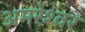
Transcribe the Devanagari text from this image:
अमरेश्‍वर